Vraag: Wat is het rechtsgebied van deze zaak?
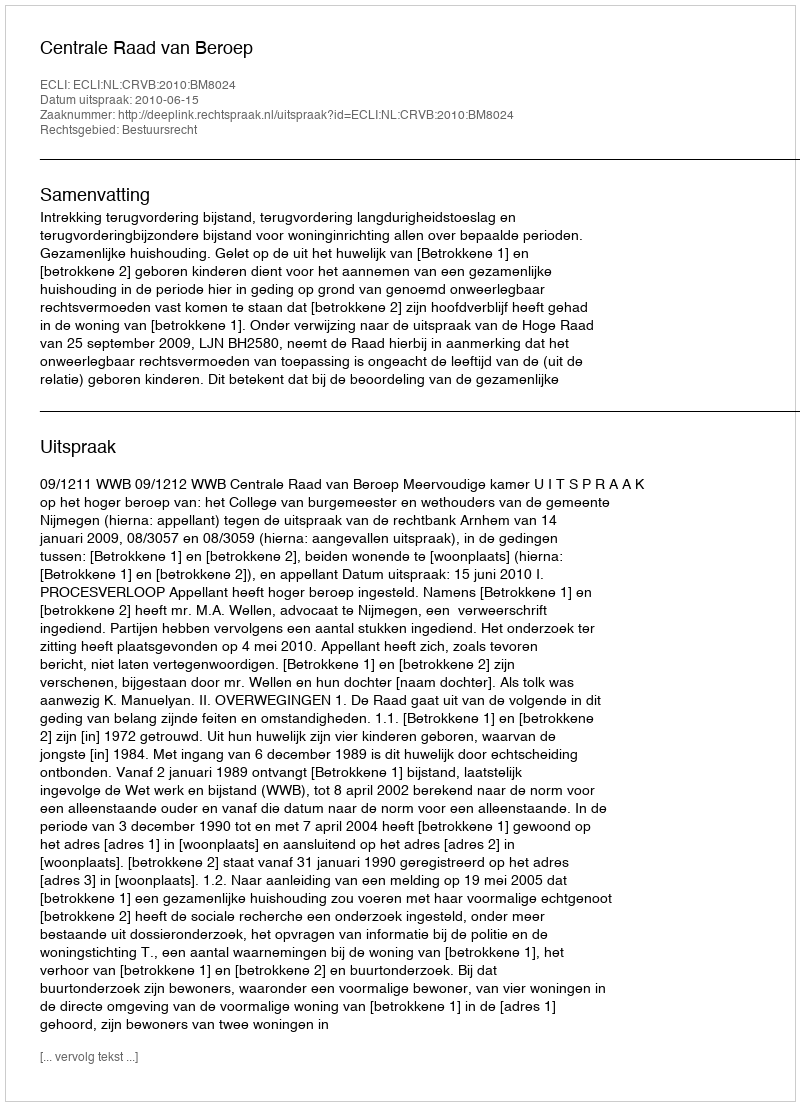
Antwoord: Bestuursrecht